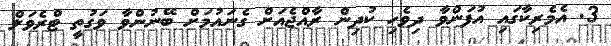
3. އެމެރިކާގައި އުފަންވާ ދިވެހި ކުދިން ރާއްޖެއަށް ގެނައުމަށް ބޭނުންވާ ވަގުތީ ޓްރެވަލް